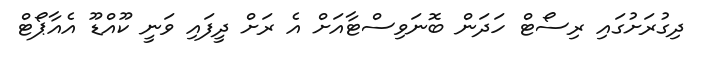
ދިގުރަށުގައި ރިސޯޓް ހަދަން ބޮނަވިސްޓާއަށް އެ ރަށް ދީފައި ވަނީ ކޫއްޑޫ އެއާޕޯޓް